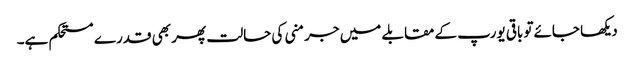
دیکھا جائےتو باقی یورپ کے مقابلے میں جرمنی کی حالت پھر بھی قدرے مستحکم ہے۔